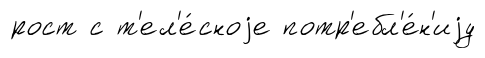
рост с т'ел'е́сноjе потр'ебл'е́н'иjу